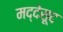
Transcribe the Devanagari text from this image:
मद्देसूद